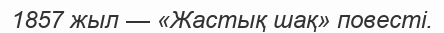
1857 жыл — «Жастық шақ» повесті.